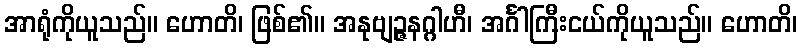
အာရုံကိုယူသည်။ ဟောတိ၊ ဖြစ်၏။ အနုဗျဉ္ဇနဂ္ဂါဟီ၊ အင်္ဂါကြီးငယ်ကိုယူသည်။ ဟောတိ၊